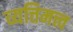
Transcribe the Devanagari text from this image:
व्यत्तिमत्त्व